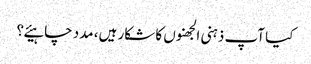
کیا آپ ذہنی الجھنوں کا شکار ہیں، مدد چاہیئے؟